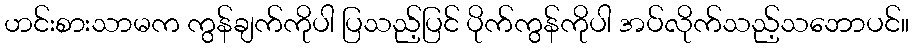
ဟင်းစားသာမက ကွန်ချက်ကိုပါ ပြသည့်ပြင် ပိုက်ကွန်ကိုပါ အပ်လိုက်သည့်သဘောပင်။